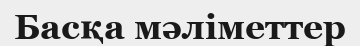
Басқа мәліметтер